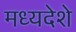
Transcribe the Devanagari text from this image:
मध्यदेशे